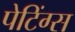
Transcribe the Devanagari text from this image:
पेटिंग्स